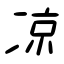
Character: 凉